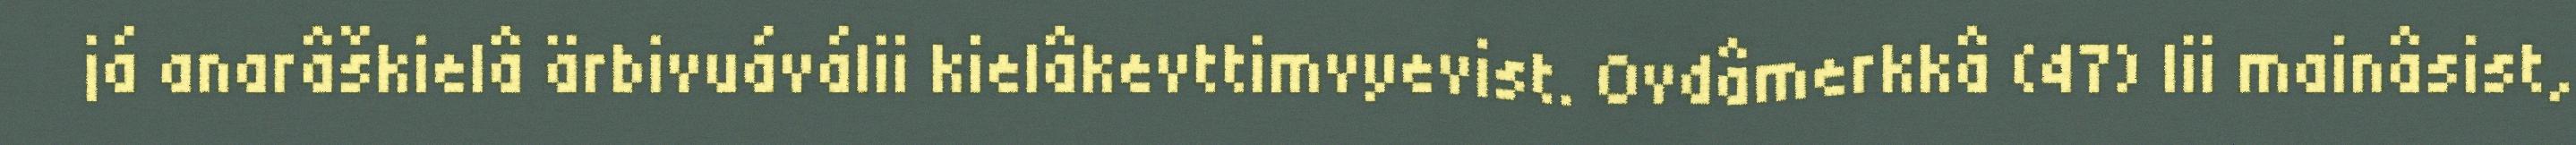
já anarâškielâ ärbivuáválii kielâkevttimvyevist. Ovdâmerkkâ (47) lii mainâsist,